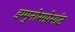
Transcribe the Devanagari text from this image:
इम्मुनोसप्रेसांट